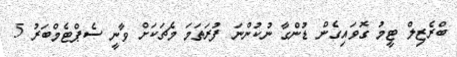
ބްރެޒިލް ޓީމު ގޮވައިގެން ޑުންގާ ނުކުންނަ ފުރަތަމަ މެޗަކަށް ވާނީ ސެޕްޓެމްބަރު 5